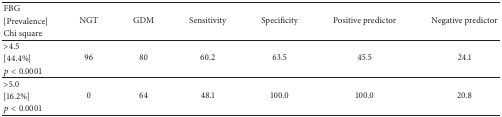
<table><thead><tr><td><b>FBG</b></td><td rowspan="3"><b>NGT</b></td><td rowspan="3"><b>GDM</b></td><td rowspan="3"><b>Sensitivity</b></td><td rowspan="3"><b>Specificity</b></td><td rowspan="3"><b>Positive predictor</b></td><td rowspan="3"><b>Negative predictor</b></td></tr><tr><td><b>[Prevalence]</b></td></tr><tr><td><b>Chi square</b></td></tr></thead><tbody><tr><td>&gt;4.5</td><td rowspan="3">96</td><td rowspan="3">80</td><td rowspan="3">60.2</td><td rowspan="3">63.5</td><td rowspan="3">45.5</td><td rowspan="3">24.1</td></tr><tr><td>[44.4%]</td></tr><tr><td><i>p</i> &lt; 0.0001</td></tr><tr><td>&gt;5.0</td><td rowspan="3">0</td><td rowspan="3">64</td><td rowspan="3">48.1</td><td rowspan="3">100.0</td><td rowspan="3">100.0</td><td rowspan="3">20.8</td></tr><tr><td>[16.2%]</td></tr><tr><td><i>p</i> &lt; 0.0001</td></tr></tbody></table>